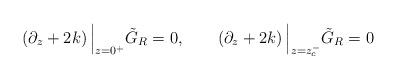
LaTeX: \begin{align*}\left( \partial_z+2k \right) \Big\vert_{z=0^+}\tilde G_R=0,\qquad \left( \partial_z+2k \right) \Big\vert_{z=z_c^-}\tilde G_R=0\end{align*}